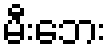
မီးဘေး